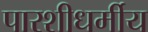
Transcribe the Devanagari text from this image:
पारशीधर्मीय